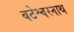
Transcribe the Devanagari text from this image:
बटेश्वरनाथ